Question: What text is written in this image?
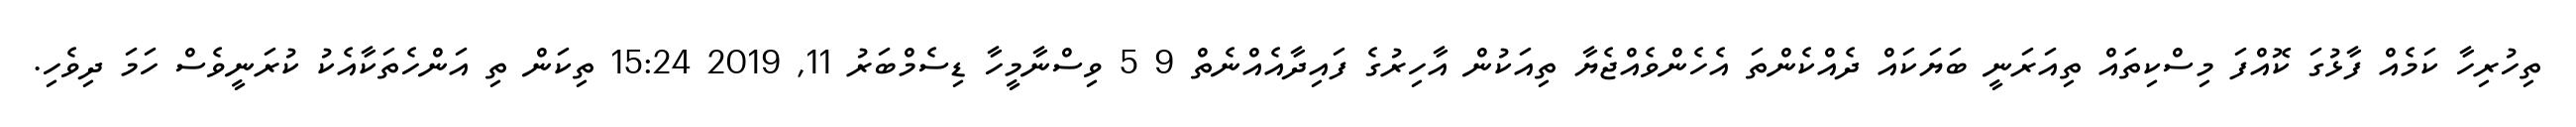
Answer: ތިހުރިހާ ކަމެއް ފާޅުގަ ކޮއްފަ މިސްކިތައް ތިއަރަނީ ބަޔަކައް ދެއްކެންތަ އެހެންވެއްޖެޔާ ތިއަކުން އާހިރުގެ ފައިދާއެއްނެތް 9 5 ވިސްނާމީހާ ޑިސެމްބަރު 11, 2019 15:24 ތިކަން ތި އަންހެތަކާއެކު ކުރަނީވެސް ހަމަ ދިވެހި.